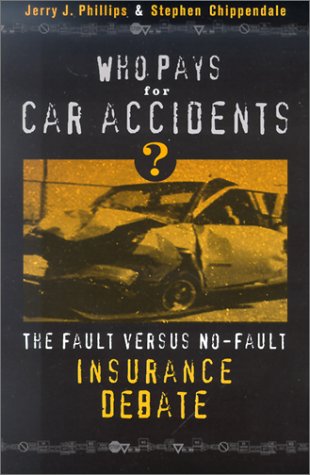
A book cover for Who Pays for Car Accidents?: The Fault versus No-Fault Insurance Debate (Controversies in Public Policy); Estate of Jerry Phillips; Business & Money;